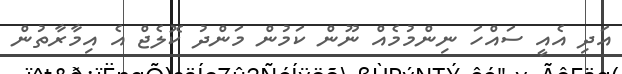
އަދި އެއީ ސައްހަ ނިންމުމެއް ނޫން ކަމުން މަންދު ކޮލެޖް އެ އިމާރާތުން